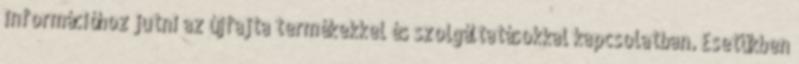
információhoz jutni az újfajta termékekkel és szolgáltatásokkal kapcsolatban. Esetükben